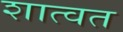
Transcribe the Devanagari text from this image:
शात्वत